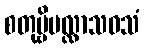
စတုဗ္ဗိပလ္လာသဝသံ